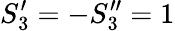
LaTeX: S_{3}^{\prime}=-S_{3}^{\prime\prime}=1